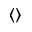
\left\langle { } \right\rangle